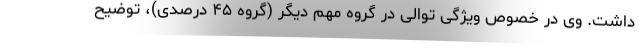
داشت. وی در خصوص ویژگی توالی در گروه مهم دیگر (گروه ۴۵ درصدی)، توضیح